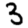
Digit: 3